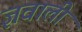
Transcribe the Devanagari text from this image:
ज्ञवाली